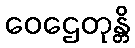
ဝေဌေတုန္တိ